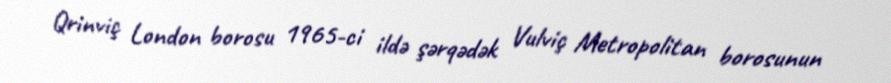
Qrinviç London borosu 1965-ci ildə şərqədək Vulviç Metropolitan borosunun